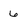
Character: 6